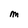
Character: M